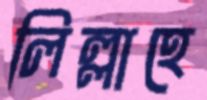
লিল্লাহে